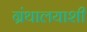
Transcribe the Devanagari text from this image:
ग्रंथालयाशी